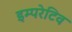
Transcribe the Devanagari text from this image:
इम्परेटिव